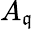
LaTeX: A_{\mathfrak{q}}